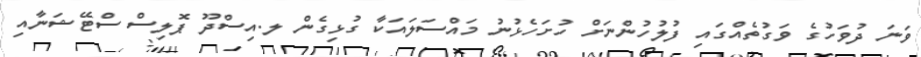
ވަނަ ދުވަހުގެ ވަގުތެއްގައި ފުލުހުންނަށް ހުށަހެޅުނު މައްސަލައަކާ ގުޅިގެން ލ.އިސްދޫ ޕޮލިސް ސްޓޭޝަނާއި